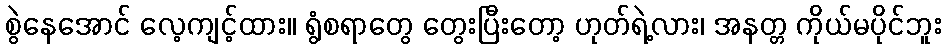
စွဲနေအောင် လေ့ကျင့်ထား။ ရွံစရာတွေ တွေးပြီးတော့ ဟုတ်ရဲ့လား၊ အနတ္တ ကိုယ်မပိုင်ဘူး